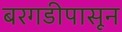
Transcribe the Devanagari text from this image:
बरगडीपासून